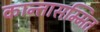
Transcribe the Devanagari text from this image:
कान्तासम्मित